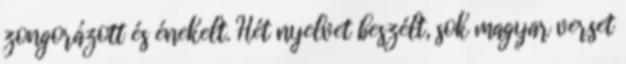
zongorázott és énekelt. Hét nyelvet beszélt, sok magyar verset